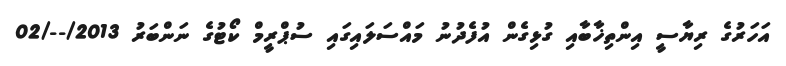
އަހަރުގެ ރިޔާސީ އިންތިޚާބާއި ގުޅިގެން އުފެދުނު މައްސަލައިގައި ސުޕްރީމް ކޯޓުގެ ނަންބަރު 2013/--/02